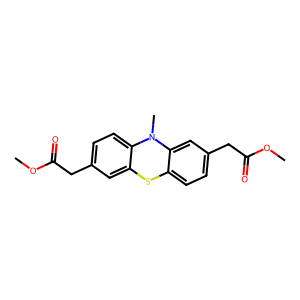
SMILES: COC(=O)Cc1ccc2c(c1)Sc1ccc(CC(=O)OC)cc1N2C
Inhibits HIV replication: No